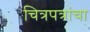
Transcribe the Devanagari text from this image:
चित्रपत्रांचा